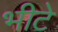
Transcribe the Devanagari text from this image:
भीटे